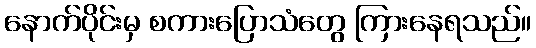
နောက်ပိုင်းမှ စကားပြောသံတွေ ကြားနေရသည်။